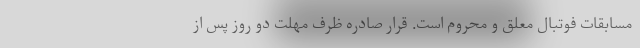
مسابقات فوتبال معلق و محروم است. قرار صادره ظرف مهلت دو روز پس از